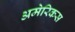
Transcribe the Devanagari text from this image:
अमेरिकस